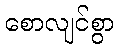
စောလျင်စွာ